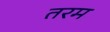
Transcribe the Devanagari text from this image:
तरम